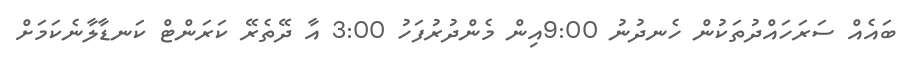
ބައެއް ސަރަހައްދުތަކުން ހެނދުނު 9:00އިން މެންދުރުފަހު 3:00 އާ ދޭތެރޭ ކަރަންޓް ކަނޑާލާނެކަމަށް